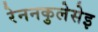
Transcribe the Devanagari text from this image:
रेननकुलेसेइ